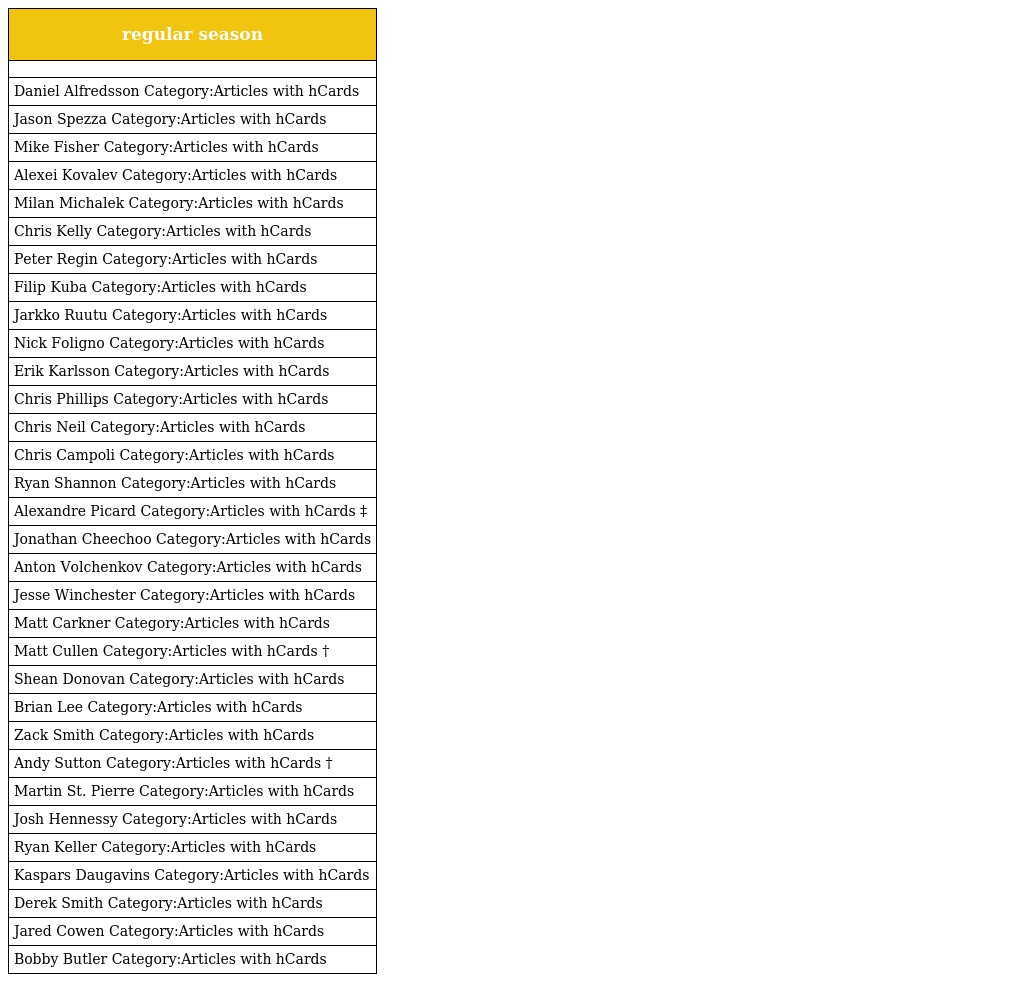
| regular season |
 | --- |
 |  |
 | Daniel Alfredsson Category:Articles with hCards |
 | Jason Spezza Category:Articles with hCards |
 | Mike Fisher Category:Articles with hCards |
 | Alexei Kovalev Category:Articles with hCards |
 | Milan Michalek Category:Articles with hCards |
 | Chris Kelly Category:Articles with hCards |
 | Peter Regin Category:Articles with hCards |
 | Filip Kuba Category:Articles with hCards |
 | Jarkko Ruutu Category:Articles with hCards |
 | Nick Foligno Category:Articles with hCards |
 | Erik Karlsson Category:Articles with hCards |
 | Chris Phillips Category:Articles with hCards |
 | Chris Neil Category:Articles with hCards |
 | Chris Campoli Category:Articles with hCards |
 | Ryan Shannon Category:Articles with hCards |
 | Alexandre Picard Category:Articles with hCards ‡ |
 | Jonathan Cheechoo Category:Articles with hCards |
 | Anton Volchenkov Category:Articles with hCards |
 | Jesse Winchester Category:Articles with hCards |
 | Matt Carkner Category:Articles with hCards |
 | Matt Cullen Category:Articles with hCards † |
 | Shean Donovan Category:Articles with hCards |
 | Brian Lee Category:Articles with hCards |
 | Zack Smith Category:Articles with hCards |
 | Andy Sutton Category:Articles with hCards † |
 | Martin St. Pierre Category:Articles with hCards |
 | Josh Hennessy Category:Articles with hCards |
 | Ryan Keller Category:Articles with hCards |
 | Kaspars Daugavins Category:Articles with hCards |
 | Derek Smith Category:Articles with hCards |
 | Jared Cowen Category:Articles with hCards |
 | Bobby Butler Category:Articles with hCards |